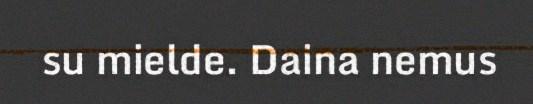
su mielde. Daina nemus